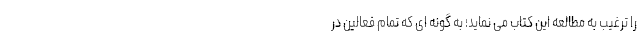
را ترغیب به مطالعه این کتاب می نماید؛ به گونه ای که تمام فعالین در